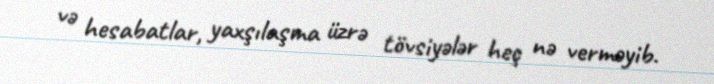
və hesabatlar, yaxşılaşma üzrə tövsiyələr heç nə verməyib.